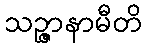
သဉ္ဇာနာမီတိ